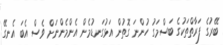
ބޭރުގެ ފަރާތްތަކުގެ ބަސްމަގު ހުންނަ ގޮތުން އަޅުގަނޑުމެން އެންމެންނަށް ވެސް އެބަ އެނގޭ